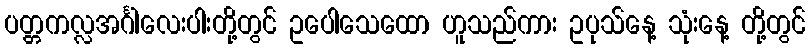
ပတ္တကလ္လအင်္ဂါလေးပါးတို့တွင် ဥပေါသေထော ဟူသည်ကား ဥပုသ်နေ့ သုံးနေ့ တို့တွင်